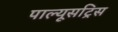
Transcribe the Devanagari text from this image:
पाल्यूसट्रिस